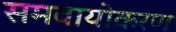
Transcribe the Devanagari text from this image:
समवायीकरण